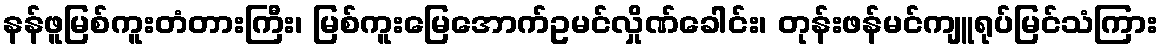
နန်ဖူမြစ်ကူးတံတားကြီး၊ မြစ်ကူးမြေအောက်ဥမင်လှိုဏ်ခေါင်း၊ တုန်းဖန်မင်ကျူရုပ်မြင်သံကြား